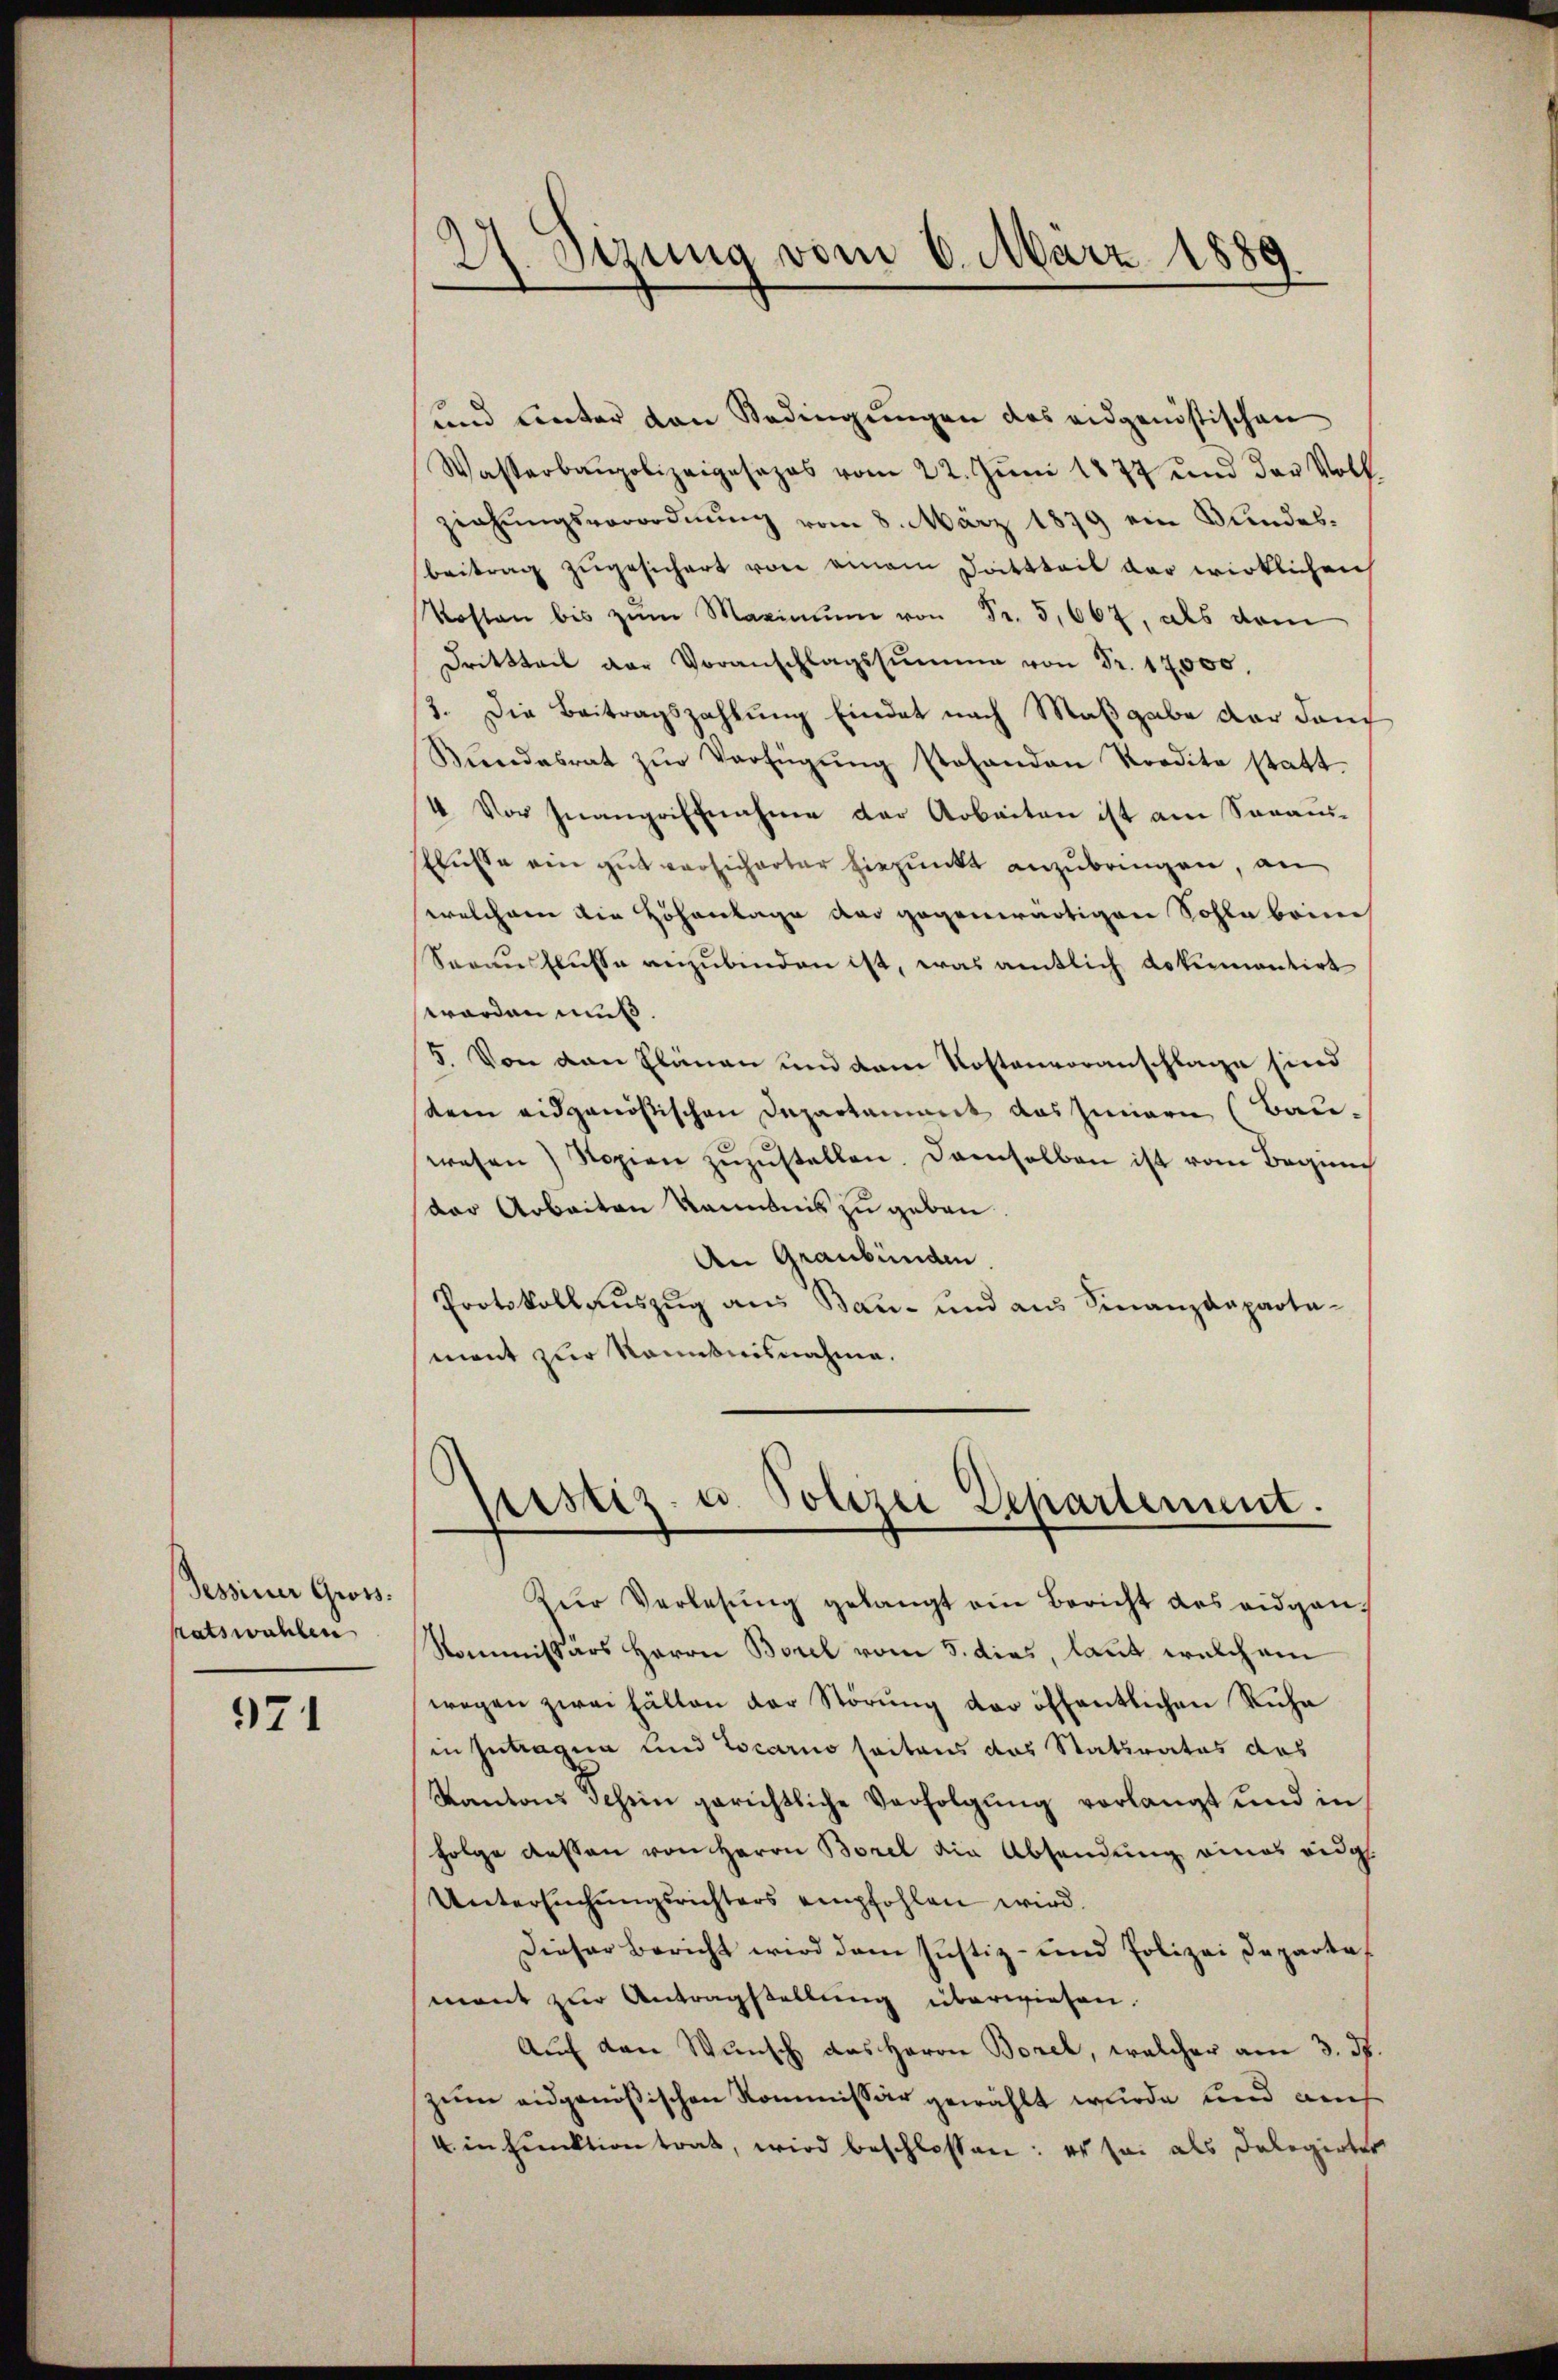
Tessiner Gross.
satswahlen

971

27. Sizung vom 6. März 1889.

und unter von Bedingungen des eidgenössischen
Wasserbaupolizeigesapas vom 22. Jŭni 1877 und das Voll-
ziehungsverordnung vom 8. März 1879 ein Bundesbeitrag zugesichert von einem Dattteil der wirklichen
Kosten bis zŭm Maximŭm Fr. als dam
Drittteil der Voranschlagssumme von Fr. 17000.
3. Die Beitragszahlung findet nach Maßgabe der dann
Bŭndesrat zŭr Verfügŭng stehenden Kredita statt-
4 Vor Inangriffnahme der Arbeiten ist am Sanani-
flusse ein gut versicherter hiepunkt anzubringen, an
welchem die Höhenlage der gegenwärtigen Sohle bein
Sovunflusse anzubinden ist, was amtlich dokumentirt
worden muß
5. Von den Plänen und dem Kostenvoranschlage sind
tem eidgenößischen Departament das Innern (Bauwesen Kopien zŭzŭstellen. Demselben ist vom Beging
der Arbeiten kanntnis zu geben.
An Graubünden.
Protokollauszug aus Bau- und aus Finanzdeparta-
ment zur Komitnisnahme.

Justiz- u. Polizei Departement.

Zur Verlesung gelangt ein Bericht des eidgan¬
Kommissärs Herrn Borel vom 5. dies, laut welchem
wegen zwei Fällen der Störung der öffentlichen Ruhe
in Zutragen und Locarno seitens das Staturates das
Kantons Schein gerichtliche Verfolgung verlangt und in
Folge dessen von Herrn Borel die Absendung eines eidg.
Untersuchungsrichters empfohlen wird
Dieser Bericht wird dem Justiz- und Polizei Departa
mant zur Antragstellung überwiesen.
Auf den Wunsch das Herrn Borel, welcher am 3. ds.
zum eidgenößischen Kommissär gewählt wurde und auch
4. in Funktion trat, wird beschlossen: es sei als Delegirter